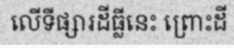
លើទីផ្សារដីធ្លីនេះ ព្រោះដី